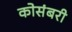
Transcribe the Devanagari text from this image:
कोसंबरी